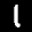
Label: 1